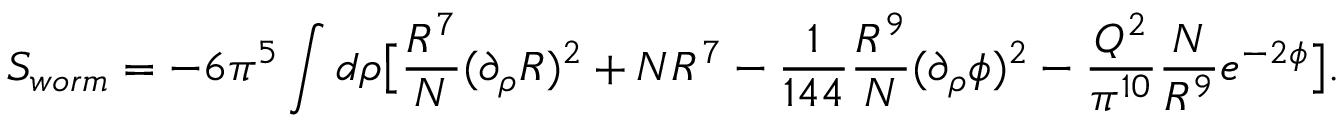
S _ { w o r m } = - 6 \pi ^ { 5 } \int d \rho \big [ { \frac { R ^ { 7 } } { N } } ( \partial _ { \rho } R ) ^ { 2 } + N R ^ { 7 } - { \frac { 1 } { 1 4 4 } } { \frac { R ^ { 9 } } { N } } ( \partial _ { \rho } \phi ) ^ { 2 } - { \frac { Q ^ { 2 } } { \pi ^ { 1 0 } } } { \frac { N } { R ^ { 9 } } } e ^ { - 2 \phi } \big ] .